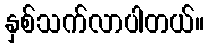
နှစ်သက်လာပါတယ်။